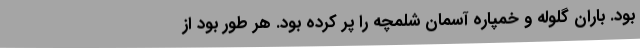
بود. باران گلوله و خمپاره آسمان شلمچه را پر کرده بود. هر طور بود از